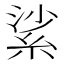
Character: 𦀟